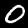
Digit: 0